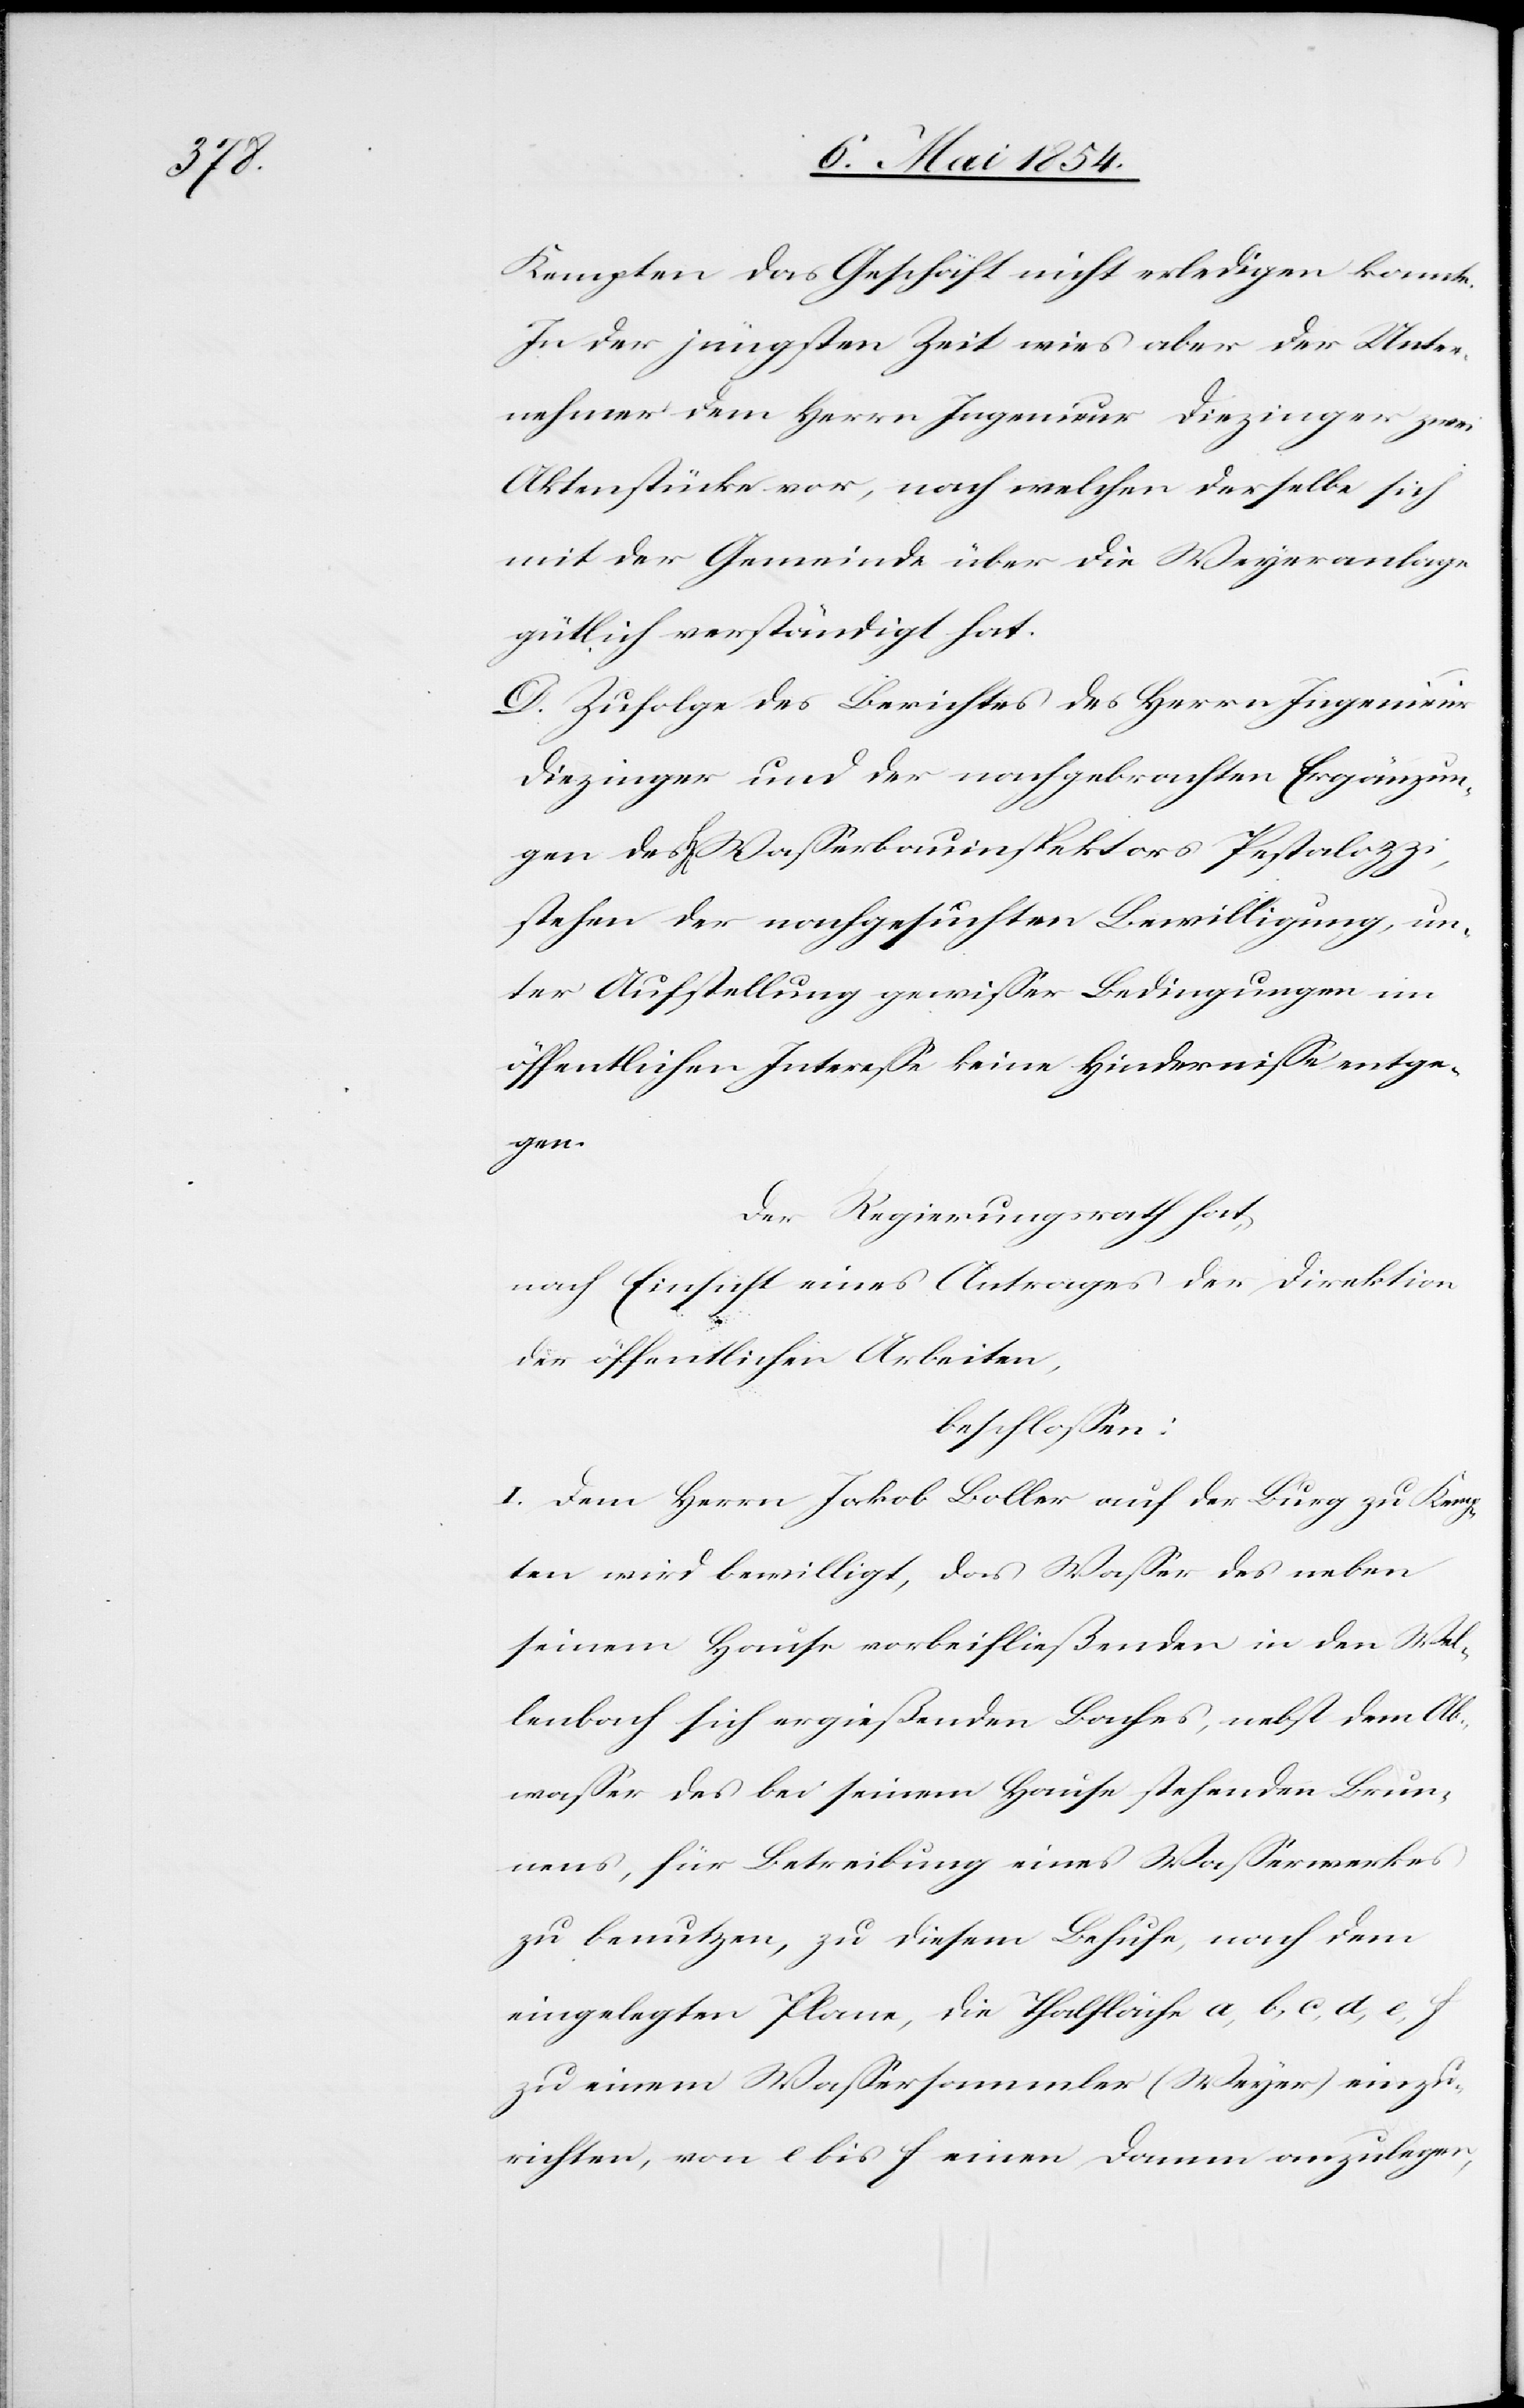
Kempten das Geschäft nicht erledigen konnte.
In der jüngsten Zeit wies aber der Unter¬
nehmer dem Herrn Ingenieur Diezinger zwei
Aktenstücke vor, nach welchen derselbe sich
mit der Gemeinde über die Weyeranlage
gütlich verständigt hat.
D. Zufolge des Berichtes des Herrn Ingenieur
Diezinger und der nachgebrachten Ergänzun¬
gen des Hrn. Waßerbauinspektors Pestalozzi,
stehen der nachgesuchten Bewilligung, un¬
ter Aufstellung gewißer Bedingungen im
öffentlichen Intereße keine Hinderniße entge¬
gen.
Der Regierungsrath hat,
nach Einsicht eines Antrages der Direktion
der öffentlichen Arbeiten,
beschloßen:
I. Dem Herrn Jakob Boller auf der Burg zu Kemp¬
ten wird bewilligt, das Waßer des neben
seinem Hause vorbeifließenden in den Wel¬
lenbach sich ergießenden Baches, nebst dem Ab¬
waßer des bei seinem Hause stehenden Brun¬
nens, für Betreibung eines Waßerwerkes
zu benutzen, zu diesem Behufe, nach dem
eingelegten Plane, die Thalfläche a, b, c, d, e, f
zu einem Waßersammler (Weyer) einzu¬
richten, von e bis f einen Damm anzulegen,